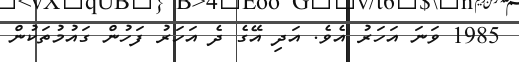
1985 ވަނަ އަހަރު އެވެ. އަދި އޭގެ ދެ އަހަރު ފަހުން ގައުމުތަކުން